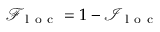
\mathcal { F } _ { \mathrm { ~ l ~ o ~ c ~ } } = 1 - \mathcal { I } _ { \mathrm { ~ l ~ o ~ c ~ } }